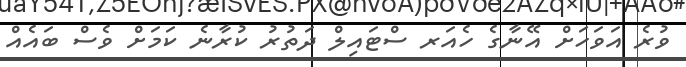
ވުރެ އަވަހަށް އޭނާގެ ހެއަރ ސްޓައިލް ދަތުރު ކުރާނެ ކަމަށް ވެސް ބައެއް